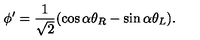
\phi ^ { \prime } = \frac { 1 } { \sqrt { 2 } } ( \cos \alpha \theta _ { R } - \sin \alpha \theta _ { L } ) .